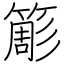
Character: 簓